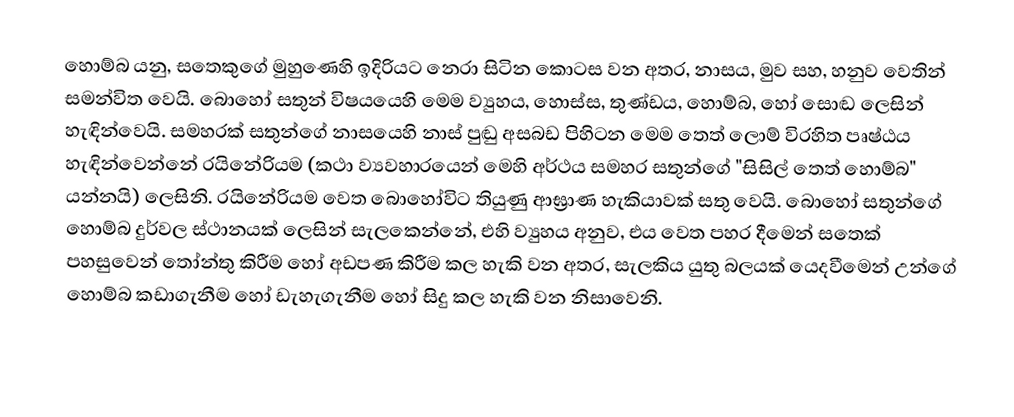
හොම්බ යනු, සතෙකුගේ මුහුණෙහි ඉදිරියට නෙරා සිටින කොටස වන අතර, නාසය, මුව සහ, හනුව වෙතින් සමන්විත වෙයි. බොහෝ සතුන් විෂයයෙහි මෙම ව්‍යුහය, හොස්ස, තුණ්ඩය, හොම්බ, හෝ  සොඬ  ලෙසින් හැඳින්වෙයි.  සමහරක් සතුන්ගේ නාසයෙහි නාස් පුඬු අසබඩ පිහිටන මෙම  තෙත් ලොම් විරහිත පෘෂ්ඨය හැඳින්වෙන්නේ රයිනේරියම (කථා ව්‍යවහාරයෙන් මෙහි අර්ථය සමහර සතුන්ගේ "සිසිල්  තෙත් හොම්බ" යන්නයි) ලෙසිනි. රයිනේරියම වෙත බොහෝවිට තියුණු  ආඝ්‍රාණ හැකියාවක් සතු වෙයි. බොහෝ සතුන්ගේ හොම්බ දුර්වල ස්ථානයක් ලෙසින් සැලකෙන්නේ, එහි ව්‍යුහය අනුව, එය වෙත පහර දීමෙන් සතෙක් පහසුවෙන් තෝන්තු කිරීම හෝ අඩපණ කිරීම කල හැකි වන අතර, සැලකිය යුතු බලයක් යෙදවීමෙන් උන්ගේ හොම්බ කඩාගැනීම හෝ ඩැහැගැනීම හෝ සිදු කල හැකි වන නිසාවෙනි.